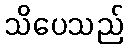
သိပေသည်